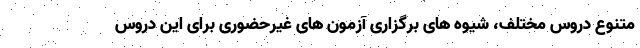
متنوع دروس مختلف، شیوه های برگزاری آزمون های غیرحضوری برای این دروس